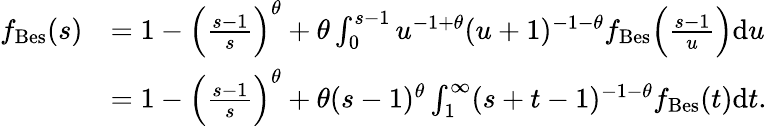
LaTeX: \begin{array}{rl}{f_{\mathrm{Bes}}(s)}&{=1-\Big(\frac{s-1}{s}\Big)^{\theta}+\theta\int_{0}^{s-1}u^{-1+\theta}(u+1)^{-1-\theta}f_{\mathrm{Bes}}\Big(\frac{s-1}{u}\Big)\mathrm{d}u}\\ &{=1-\Big(\frac{s-1}{s}\Big)^{\theta}+\theta(s-1)^{\theta}\int_{1}^{\infty}(s+t-1)^{-1-\theta}f_{\mathrm{Bes}}(t)\mathrm{d}t.}\end{array}